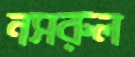
নসরুল